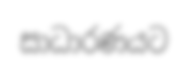
සාධාරණයට